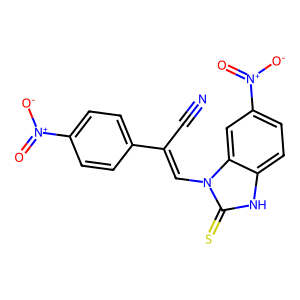
SMILES: N#CC(=Cn1c(=S)[nH]c2ccc([N+](=O)[O-])cc21)c1ccc([N+](=O)[O-])cc1
Inhibits HIV replication: No